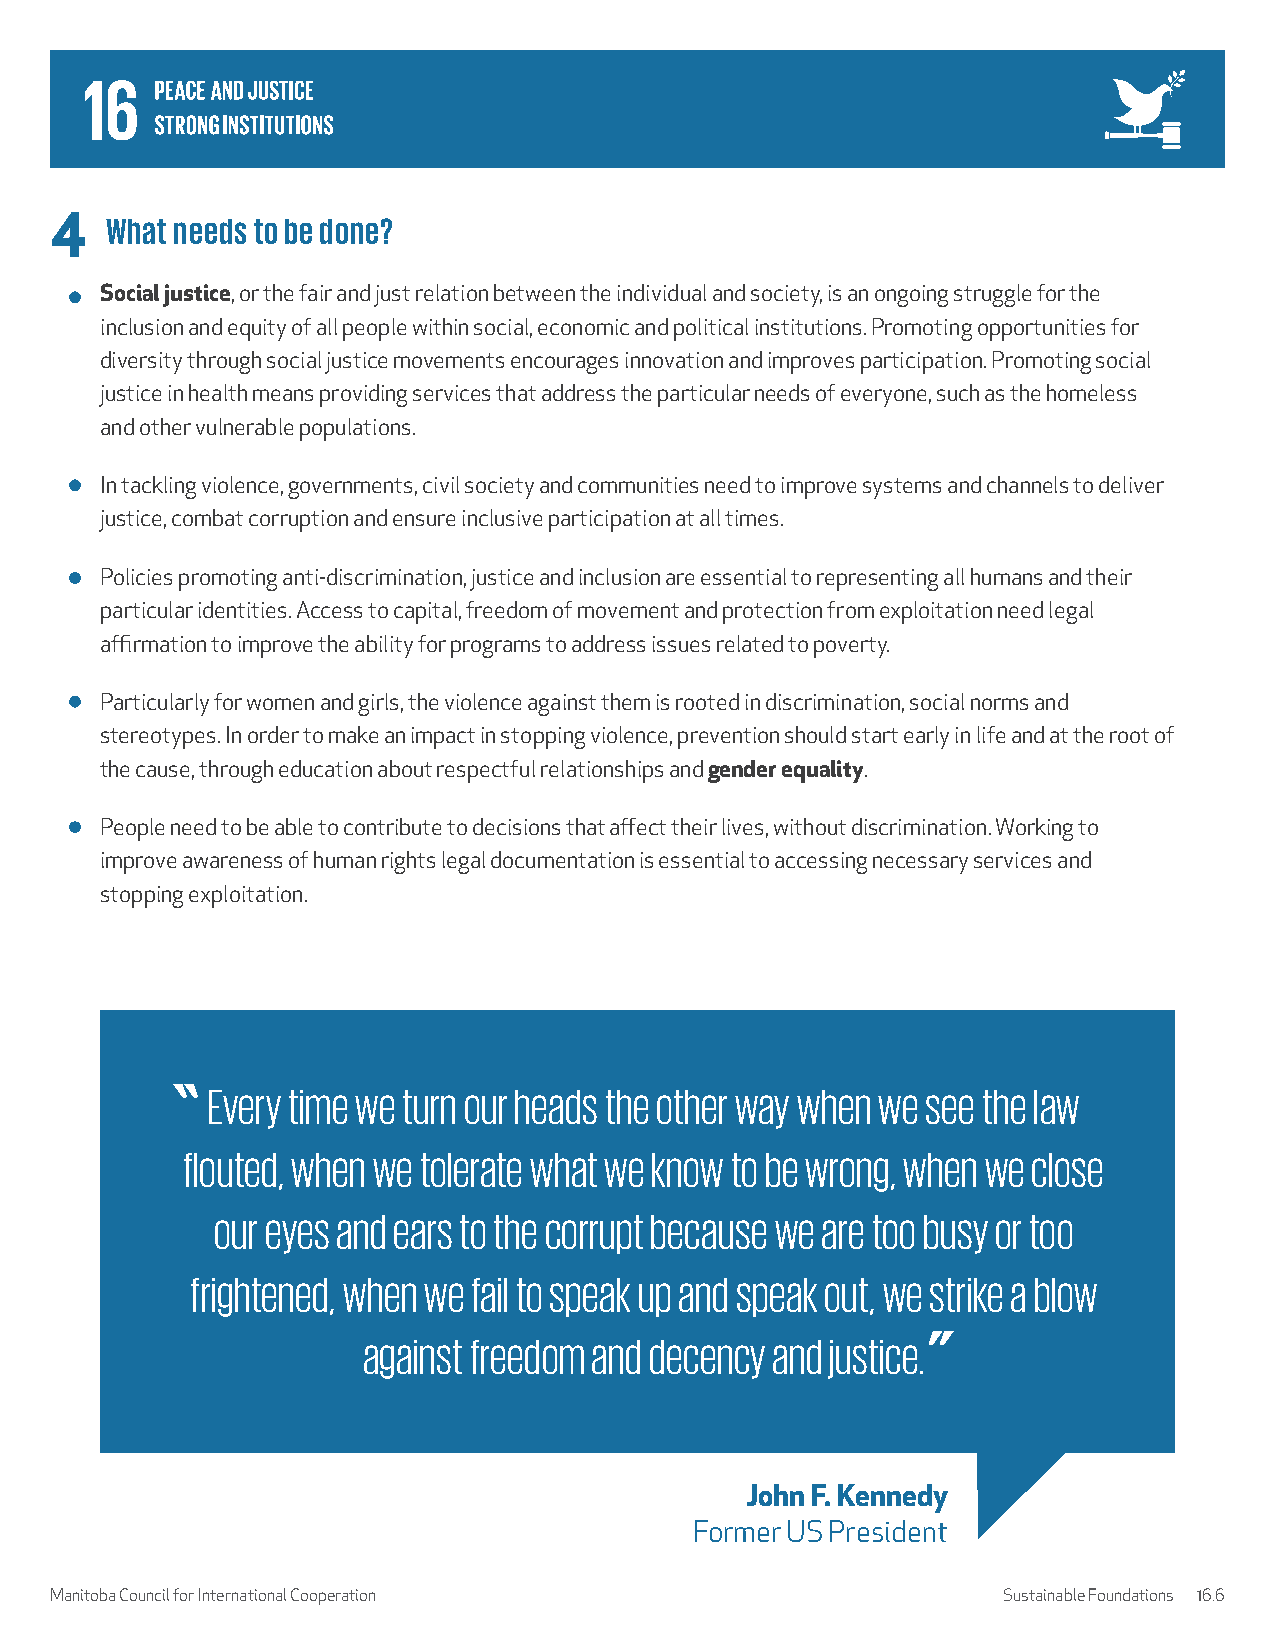
4   What needs to be done?
 Social justice, or the fair and just relation between the individual and society, is an ongoing struggle for the
 inclusion and equity of all people within social, economic and political institutions. Promoting opportunities for
 diversity through social justice movements encourages innovation and improves participation. Promoting social
 justice in health means providing services that address the particular needs of everyone, such as the homeless
 and other vulnerable populations.
 In tackling violence, governments, civil society and communities need to improve systems and channels to deliver
 justice, combat corruption and ensure inclusive participation at all times.
 Policies promoting anti-discrimination, justice and inclusion are essential to representing all humans and their
 particular identities. Access to capital, freedom of movement and protection from exploitation need legal
 affirmation to improve the ability for programs to address issues related to poverty.
 Particularly for women and girls, the violence against them is rooted in discrimination, social norms and
 stereotypes. In order to make an impact in stopping violence, prevention should start early in life and at the root of
 the cause, through education about respectful relationships and gender equality.
 People need to be able to contribute to decisions that affect their lives, without discrimination. Working to
 improve awareness of human rights legal documentation is essential to accessing necessary services and
 stopping exploitation.
 Every time we turn our heads the other way when we see the law
 flouted, when we tolerate what we know to be wrong, when we close
 our eyes and ears to the corrupt because we are too busy or too
 frightened, when we fail to speak up and speak out, we strike a blow
 against freedom and decency and justice.
 John F. Kennedy
 Former US President
 Manitoba Council for International Cooperation                 Sustainable Foundations 16.6